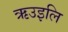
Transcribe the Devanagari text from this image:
ऋउइलि